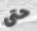
حتى